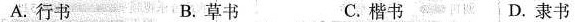
A.行书 B.草书 C.楷书 D.隶书